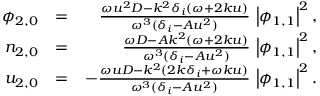
\begin{array} { r l r } { \phi _ { 2 , 0 } } & { = } & { \frac { \omega u ^ { 2 } D - k ^ { 2 } \delta _ { i } ( \omega + 2 k u ) } { \omega ^ { 3 } ( \delta _ { i } - A u ^ { 2 } ) } \, \left| \phi _ { 1 , 1 } \right| ^ { 2 } , } \\ { n _ { 2 , 0 } } & { = } & { \frac { \omega D - A k ^ { 2 } ( \omega + 2 k u ) } { \omega ^ { 3 } ( \delta _ { i } - A u ^ { 2 } ) } \, \left| \phi _ { 1 , 1 } \right| ^ { 2 } , } \\ { u _ { 2 , 0 } } & { = } & { - \frac { \omega u D - k ^ { 2 } ( 2 k \delta _ { i } + \omega k u ) } { \omega ^ { 3 } ( \delta _ { i } - A u ^ { 2 } ) } \, \left| \phi _ { 1 , 1 } \right| ^ { 2 } . } \end{array}